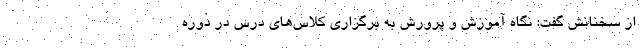
از سخنانش گفت: نگاه آموزش و پرورش به برگزاری کلاس‌های درس در دوره